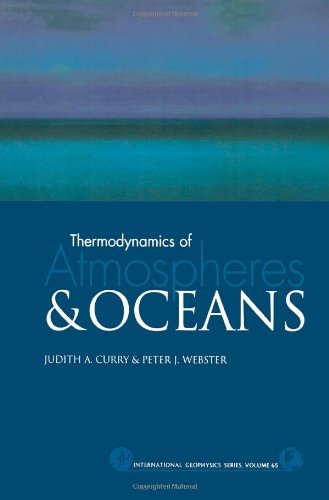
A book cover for Thermodynamics of Atmospheres and Oceans, Volume 65 (International Geophysics); Judith A. Curry; Science & Math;